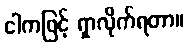
ငါကဖြင့် ရှာလိုက်ရတာ။